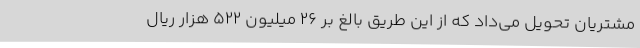
مشتریان تحویل می‌داد که از این طریق بالغ بر ۲۶ میلیون ۵۲۲ هزار ریال